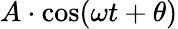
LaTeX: A\cdot\cos(\omega t+\theta)